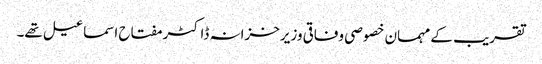
تقریب کے مہمان خصوصی وفاقی وزیرخزانہ ڈاکٹر مفتاح اسماعیل تھے۔